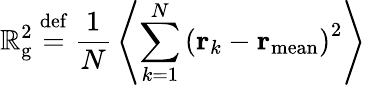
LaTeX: \mathbb{R}_{\mathrm{{g}}}^{2}\ {\stackrel{\mathrm{{def}}}{=}}\ {\frac{{1}}{{N}}}\left\langle\sum_{k=1}^{N}\left(\mathbf{{r}}_{k}-\mathbf{{r}}_{\mathrm{{mean}}}\right)^{2}\right\rangle